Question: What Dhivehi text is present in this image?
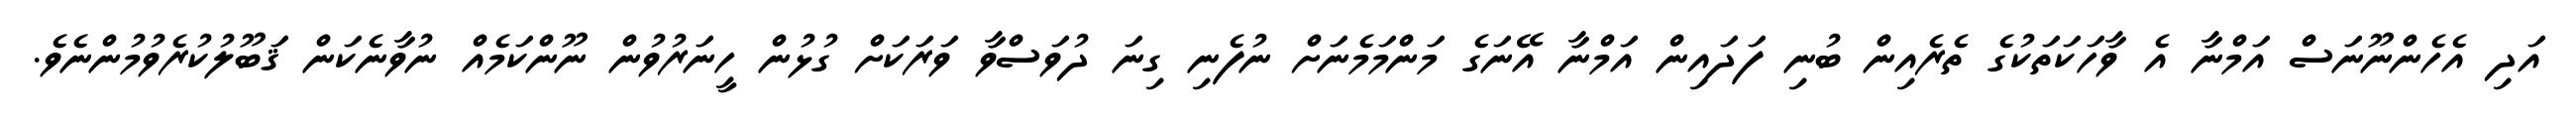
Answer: އަދި އެހެންނޫނަސް އަމްނާ އެ ވާހަކަތަކުގެ ތެރެއިން ބުނި ފަދައިން އަމްނާ އޭނަގެ މަންމަމެނަށް ނުފެނި ގިނަ ދުވަސްވާ ވަރަކަށް ގުޅުން ހީނަރުވުން ނޫންކަމެއް ނުވާނެކަން ޤަބޫލުކުރެވުމުންނެވެ.